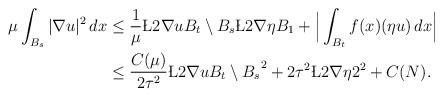
LaTeX: \begin{align*}\mu \int_{B_s} |\nabla u|^2\,dx &\le \frac{1}{\mu} \L{2}{\nabla u}{B_t\setminus B_s} \L{2}{\nabla \eta }{B_1} + \Big | \int_{B_t} f(x) (\eta u)\,dx \Big |\\&\le \frac{C(\mu)}{ 2\tau ^{2}} \L{2}{\nabla u}{B_t\setminus B_s}^{2} + 2\tau ^{2} \L{2}{\nabla \eta }{2} ^2 +C(N).\end{align*}